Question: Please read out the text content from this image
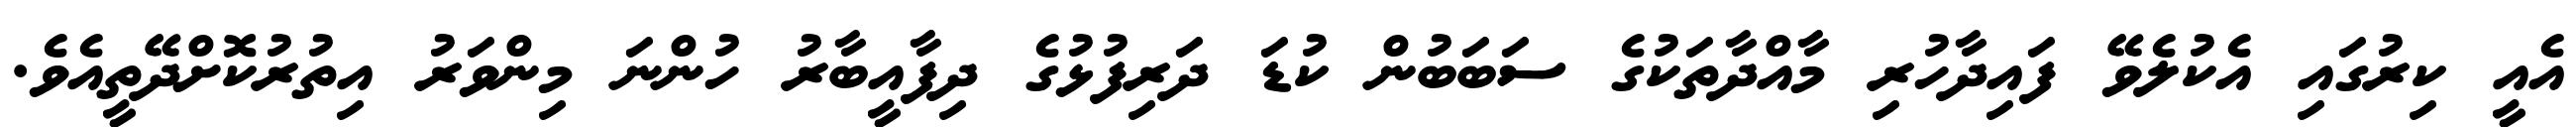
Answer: އެއީ ކިރުގައި އެކުލެވޭ ފައިދާހުރި މާއްދާތަކުގެ ސަބަބުން ކުޑަ ދަރިފުޅުގެ ދިފާއީބާރު ހުންނަ މިންވަރު އިތުރުކޮށްދޭތީއެވެ.